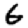
Digit: 6